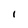
Character: I